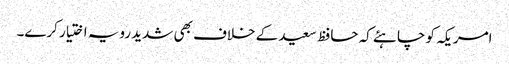
امریکہ کو چاہئے کہ حافظ سعید کے خلاف بھی شدید رویہ اختیار کرے۔